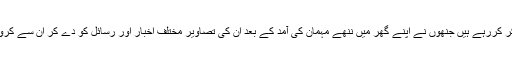
یہاں ہم ان ایکٹریسز کا ذکر کررہے ہیں جنھوں نے اپنے گھر میں ننھے مہمان کی آمد کے بعد ان کی تصاویر مختلف اخبار اور رسائل کو دے کر ان سے کروڑوں روپے وصول کیے۔